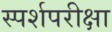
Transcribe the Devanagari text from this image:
स्पर्शपरीक्षा